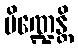
ပိဏ္ဍေန္တိ